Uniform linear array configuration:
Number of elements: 48
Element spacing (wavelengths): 0.5
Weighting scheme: uniform
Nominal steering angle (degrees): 0
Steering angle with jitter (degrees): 1.297
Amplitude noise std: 0.05
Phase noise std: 0.05

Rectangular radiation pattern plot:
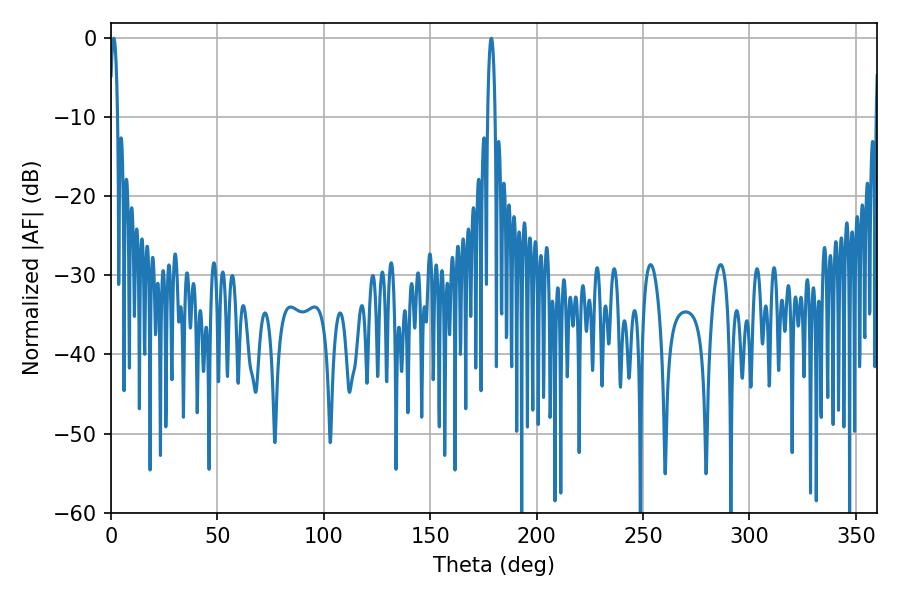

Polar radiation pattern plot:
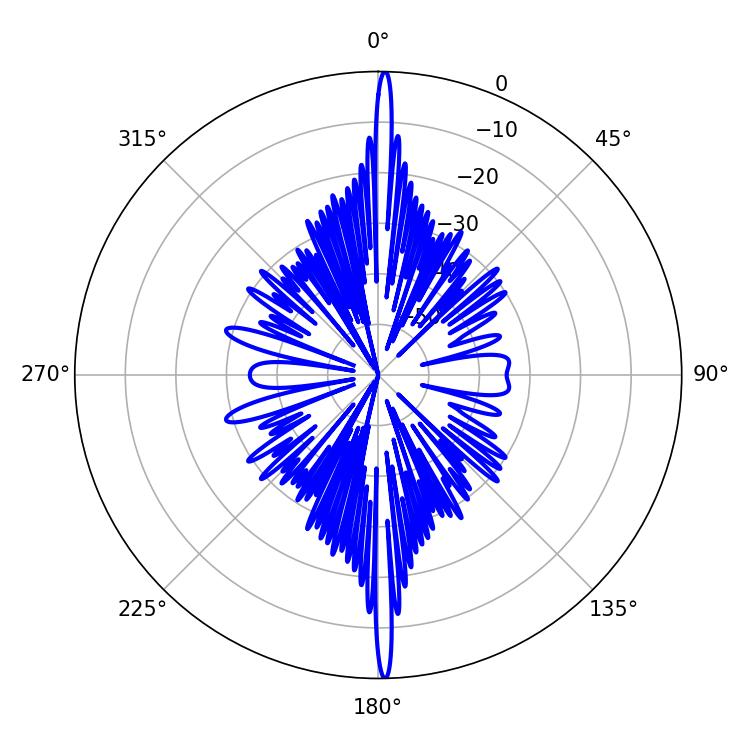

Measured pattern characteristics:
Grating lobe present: FALSE
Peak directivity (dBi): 30.756
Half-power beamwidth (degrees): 1.98
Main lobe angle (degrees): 178.74